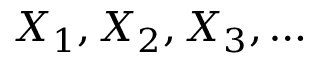
X _ { 1 } , X _ { 2 } , X _ { 3 } , \dots